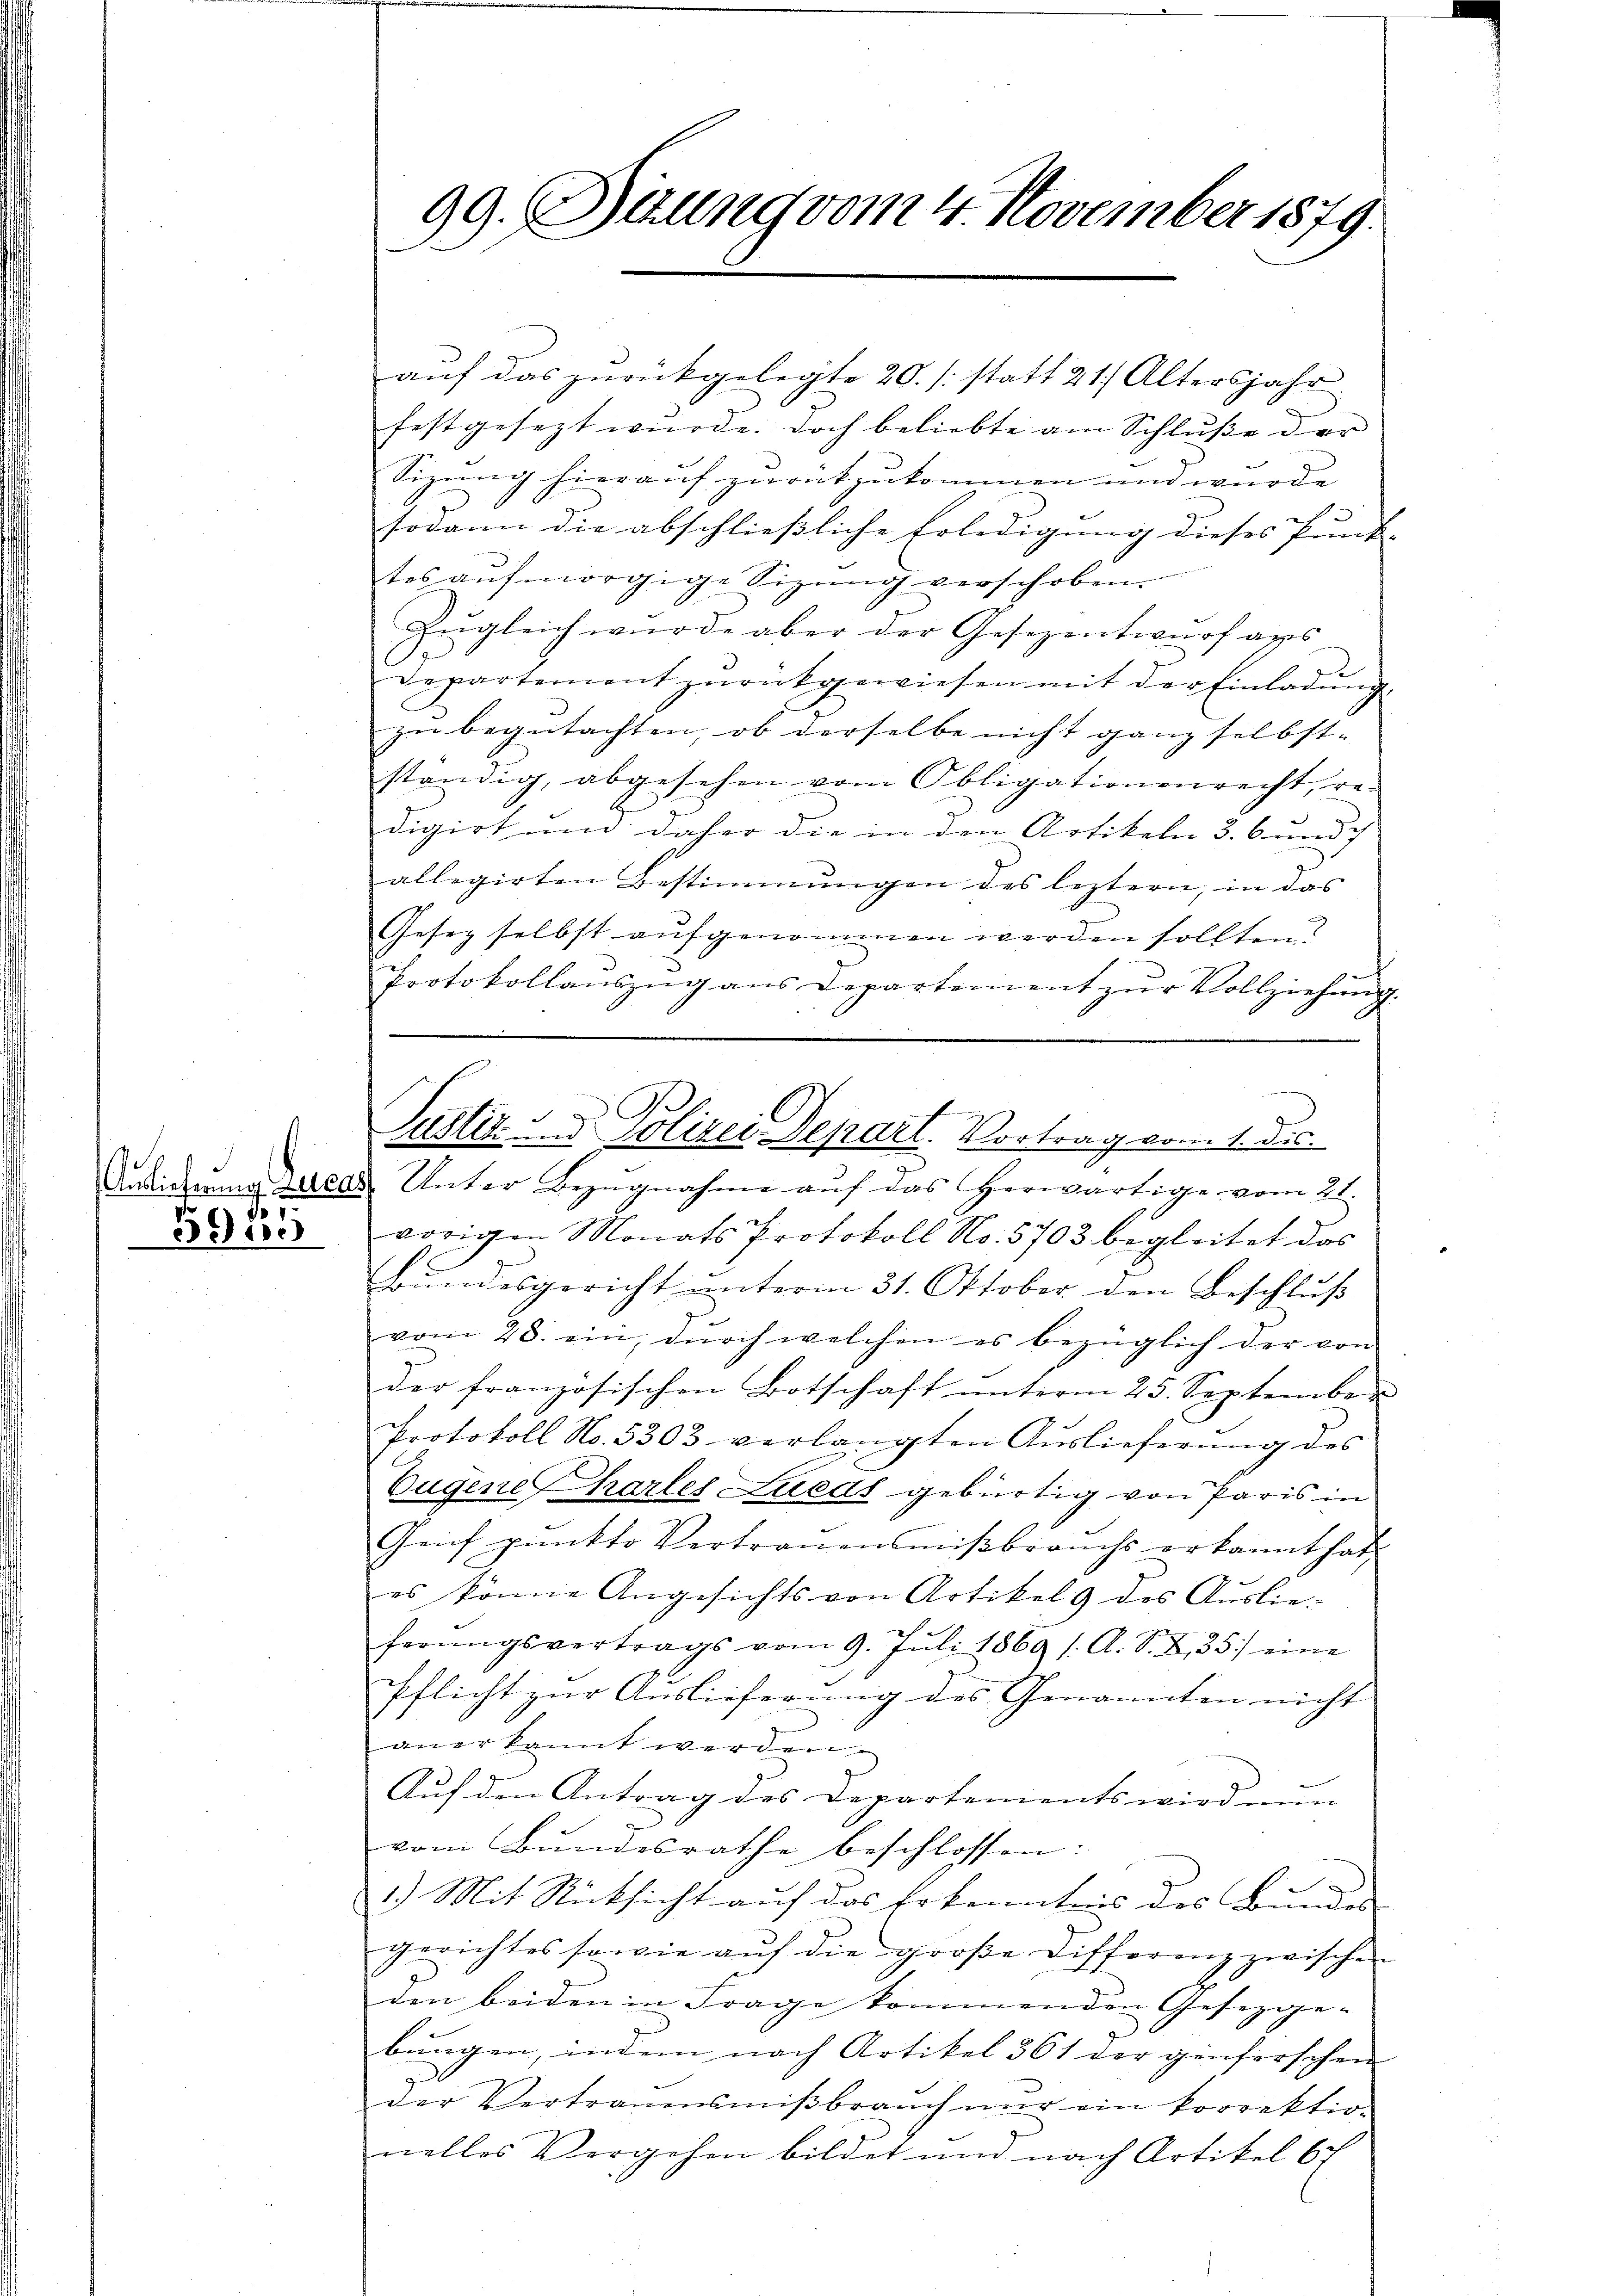
7.

33 we

99. Sitzung vom 4. November 1879.

aŭf das zŭrückgelegte 20. /: statt 21. Altersjahr
festgesezt wurde. Doch beliebte am Schluße der
Sizung hierauf zurükzukommen und wurde
sodann die abschließliche Erledigung dieses Punk-
tos auf morgige Sizung verschoben.
Zugleich wurde aber der Gesezentwurf aus
Departement zŭrückgewiesen mit der Einladŭng.
zu begutachten, ob derselbe nicht ganz selbst- |
ständig, abgesehen vom Obligationenrecht, re-
digirt und daher die in den Artikeln 3. 6 und g
allegirten Bestimmungen des leztern, in das |
Gesetz selbst aŭfgenommen werden sollten.
Protokollaŭszŭg ans Departement zŭr Vollziehŭng.
Ausierung Lucas Unter Bezugnahme auf das herwärtige vom 21.
vorigen Monats Protokoll No. 5703 begleitet das
Bundesgericht unterm 31. Oktober den Beschluß
vom 28. ein, durch welchen es bezüglich der von
der französischen Botschaft unterm 25. September
Protokoll No. 5303 verlangten Auslieferung des
Eugene Charles Luedt gebürtig von Paris in
Geif pŭnkto Vertrauensmiβbrauchs erkannt hat
es könne Angesichts von Artikels des Auslie-
förŭngsvertrags vom 9. Jŭli 1869 s. A. S. Z. 35.) eine
Pflicht zur Auslieferung des Genannten nicht
anerkannt werden.
Auf den Antrag des Departements wird min
vom Bundesrathe beschlossen:
1.) Mit Rücksicht auf das Erkenntnis des Bunden
gerichtes sowie aŭf die groβe Differenz zwischen
den beiden in Frage kommenden Gesetzge-
bungen, indem nach Artikel 361 der genferschen
der Vertrauensmiβbraŭch nŭr ein korrektion
nelles Vergehen bildet und nach Artikel 67

Justiz und Polizei Depart. Vortrag vom 1. Die